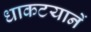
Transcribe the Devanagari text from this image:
धाकटयानें